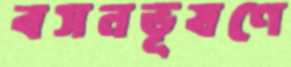
বসনভূষণে